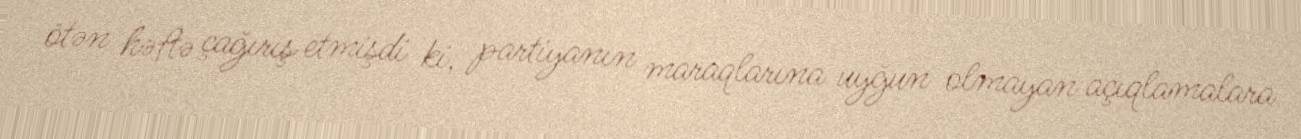
ötən həftə çağırış etmişdi ki, partiyanın maraqlarına uyğun olmayan açıqlamalara